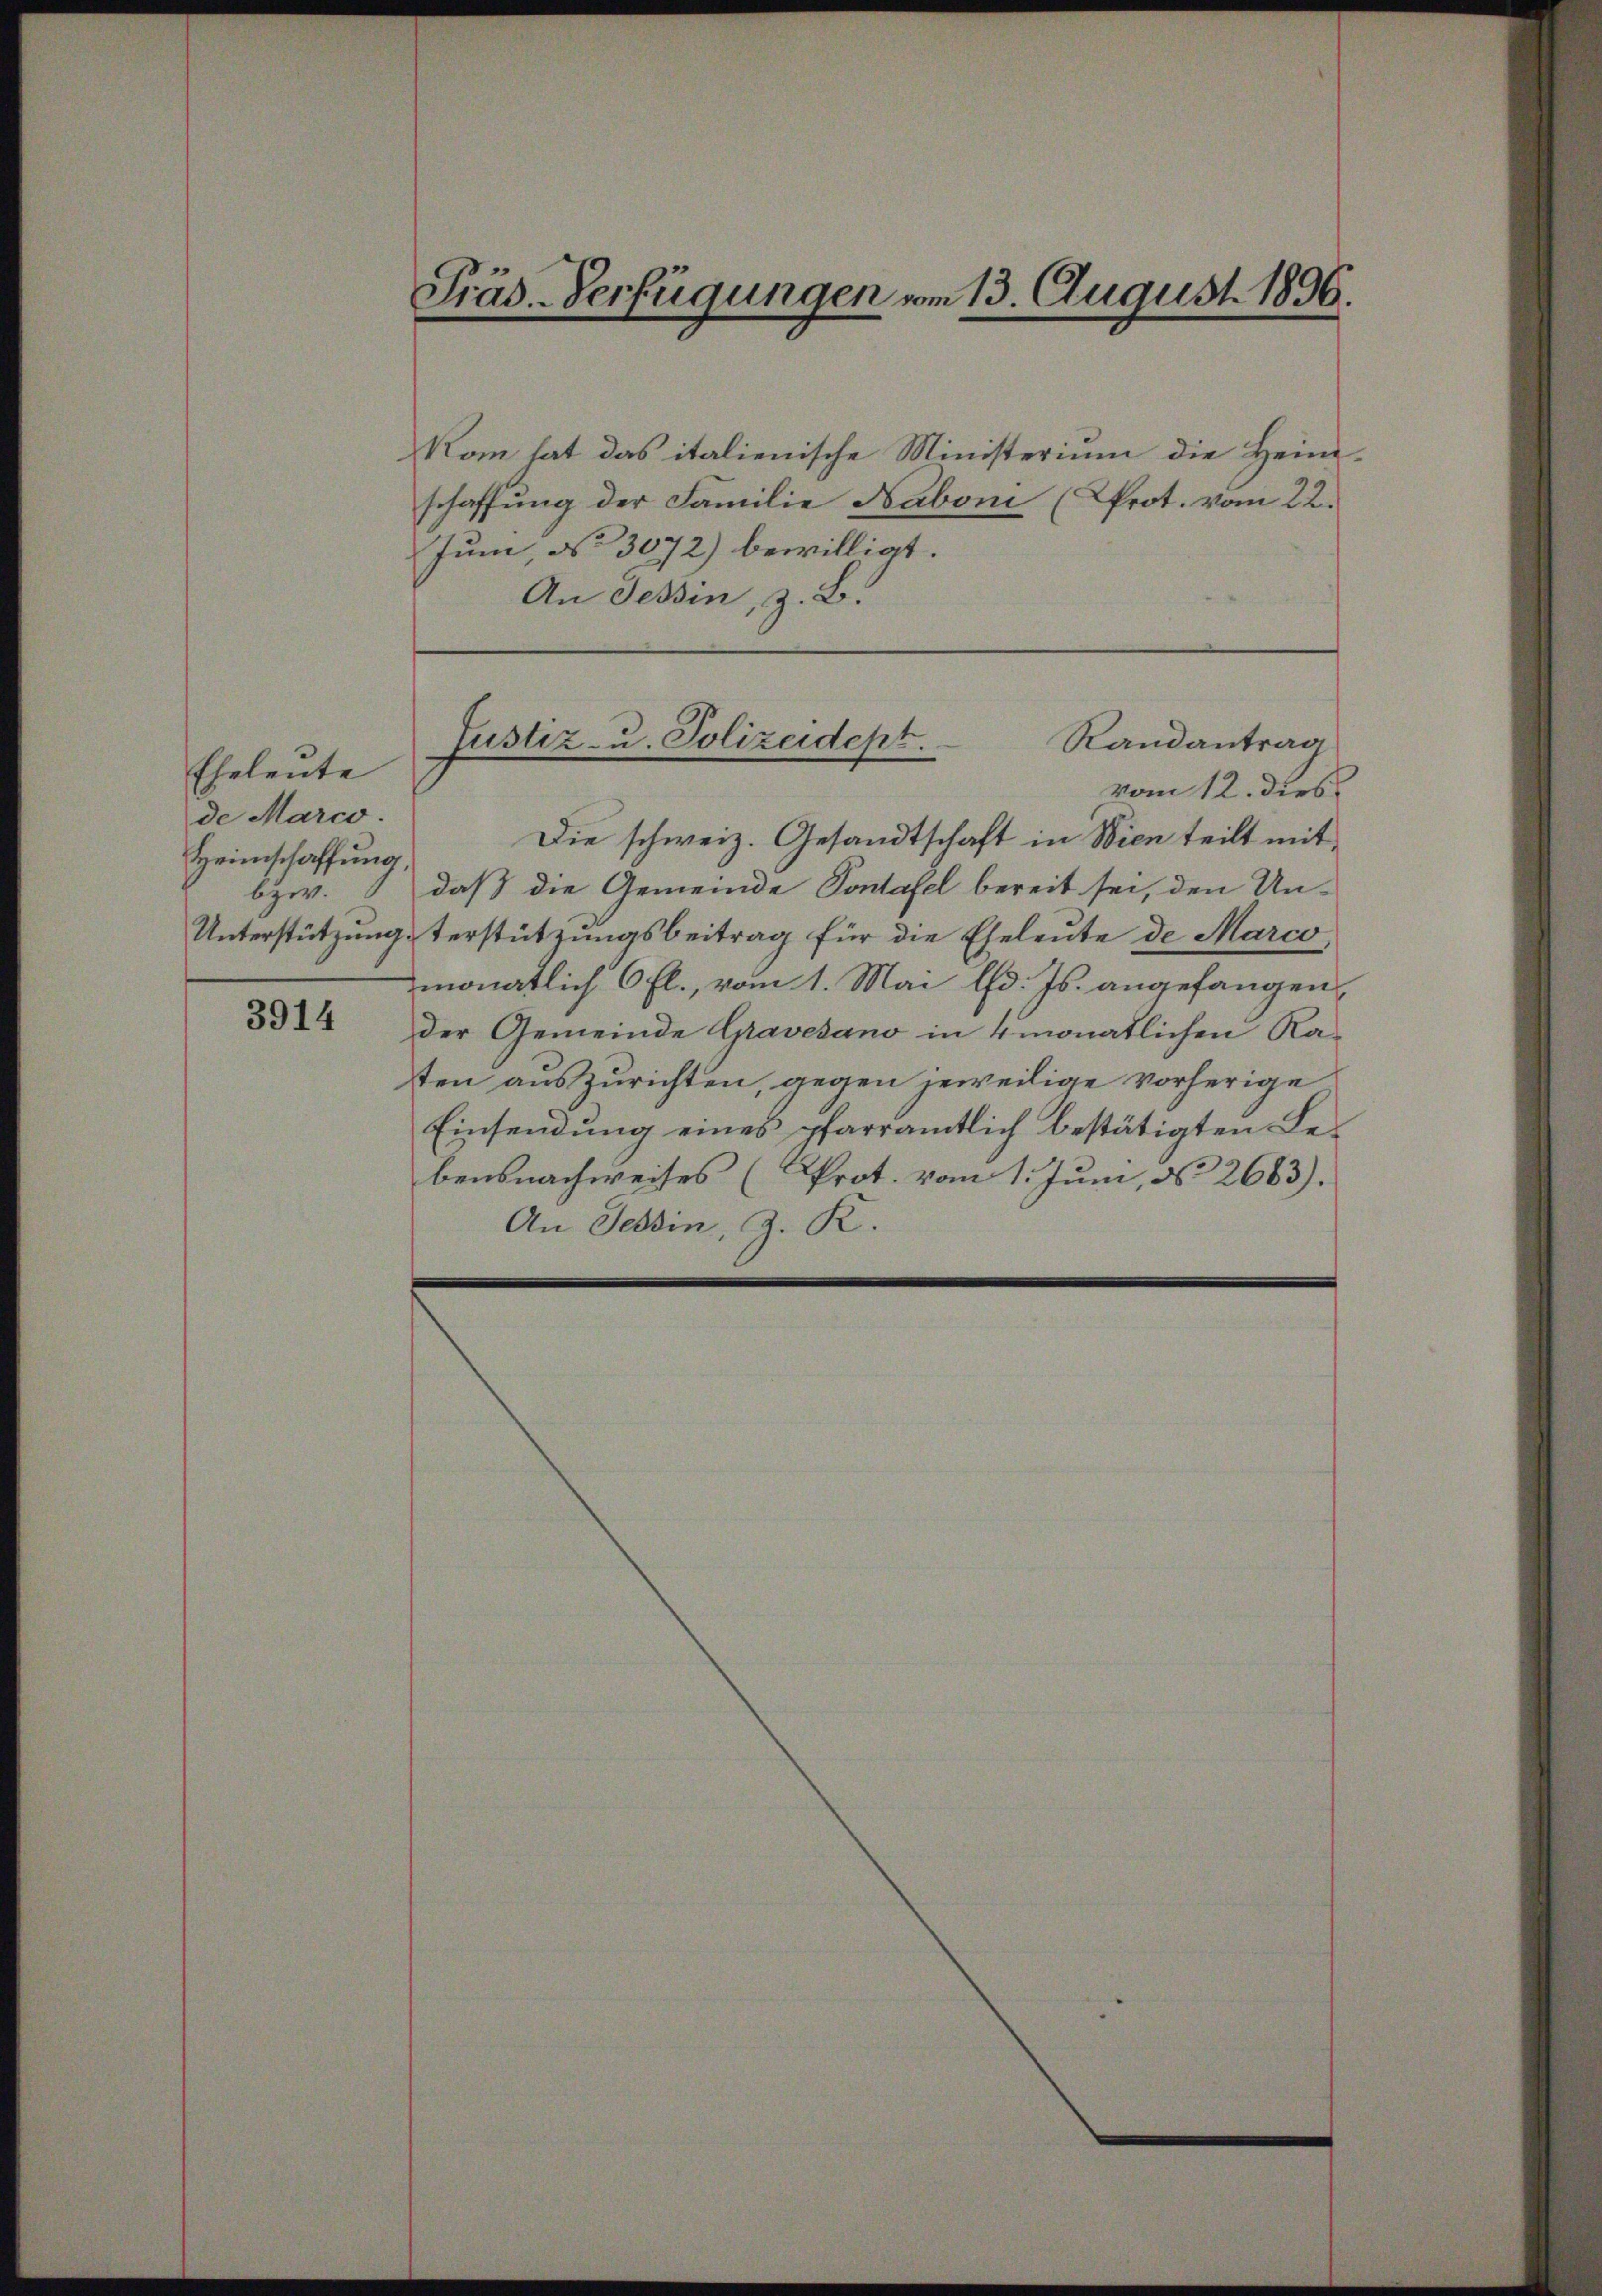
Eheleute
de Marco.
Heimschaffung,
bzw.

3914

Nom hat das italienische Ministerium die Heimschaffung der Familie Naboni (Prot. vom 22.
Jun No 3072) bewilligt.
An Tessin, z. B.

Präs.-Verfügungen vom 13. August 1896.

vom 12. dies
Die schweiz. Gesandtschaft in Wien teilt mit
daß die Gemeinde Pontafel bereit sei, den Un-
Unterstützungsterstützungsbeitrag für die Eheleute de Marco
monatlich 6 fl., vom 1. Mai lfd. Js. angefangen,
Der Gemeinde Gravesano in 4 monatlichen Ka-
ten auszurichten, gegen jeweilige vorherige
Einsendung eines pfarramtlich bestätigten Lebensnachweises (Prot. vom 1. Juni, No 2663).
An Tessin, z. K.

Justiz- u. Polizeidept.
Randantrag